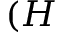
( H